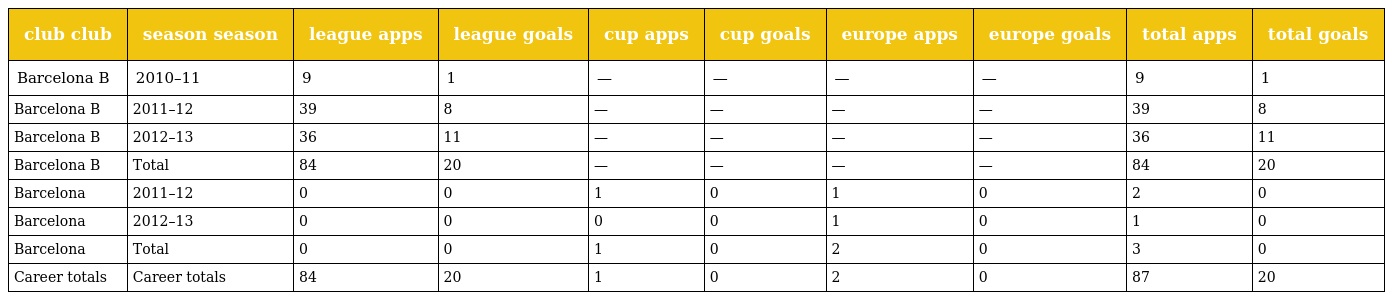
| club club | season season | league apps | league goals | cup apps | cup goals | europe apps | europe goals | total apps | total goals |
 | --- | --- | --- | --- | --- | --- | --- | --- | --- | --- |
 | Barcelona B | 2010–11 | 9 | 1 | — | — | — | — | 9 | 1 |
 | Barcelona B | 2011–12 | 39 | 8 | — | — | — | — | 39 | 8 |
 | Barcelona B | 2012–13 | 36 | 11 | — | — | — | — | 36 | 11 |
 | Barcelona B | Total | 84 | 20 | — | — | — | — | 84 | 20 |
 | Barcelona | 2011–12 | 0 | 0 | 1 | 0 | 1 | 0 | 2 | 0 |
 | Barcelona | 2012–13 | 0 | 0 | 0 | 0 | 1 | 0 | 1 | 0 |
 | Barcelona | Total | 0 | 0 | 1 | 0 | 2 | 0 | 3 | 0 |
 | Career totals | Career totals | 84 | 20 | 1 | 0 | 2 | 0 | 87 | 20 |